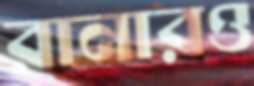
রানারও